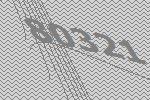
80321